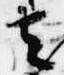
去